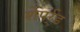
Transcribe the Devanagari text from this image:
शेपर्र्ड